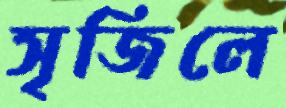
সৃজিলে